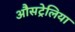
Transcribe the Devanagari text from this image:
औसट्रेलिया